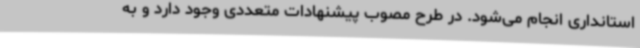
استانداری انجام می‌شود. در طرح مصوب پیشنهادات متعددی وجود دارد و به